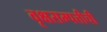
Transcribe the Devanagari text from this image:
वृक्षसम्पत्तीची